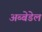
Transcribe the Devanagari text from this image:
अब्बेडेल